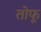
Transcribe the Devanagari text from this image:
तोफू